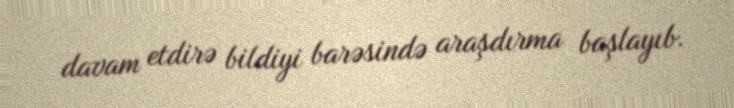
davam etdirə bildiyi barəsində araşdırma başlayıb.